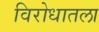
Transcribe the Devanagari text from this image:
विरोधातला